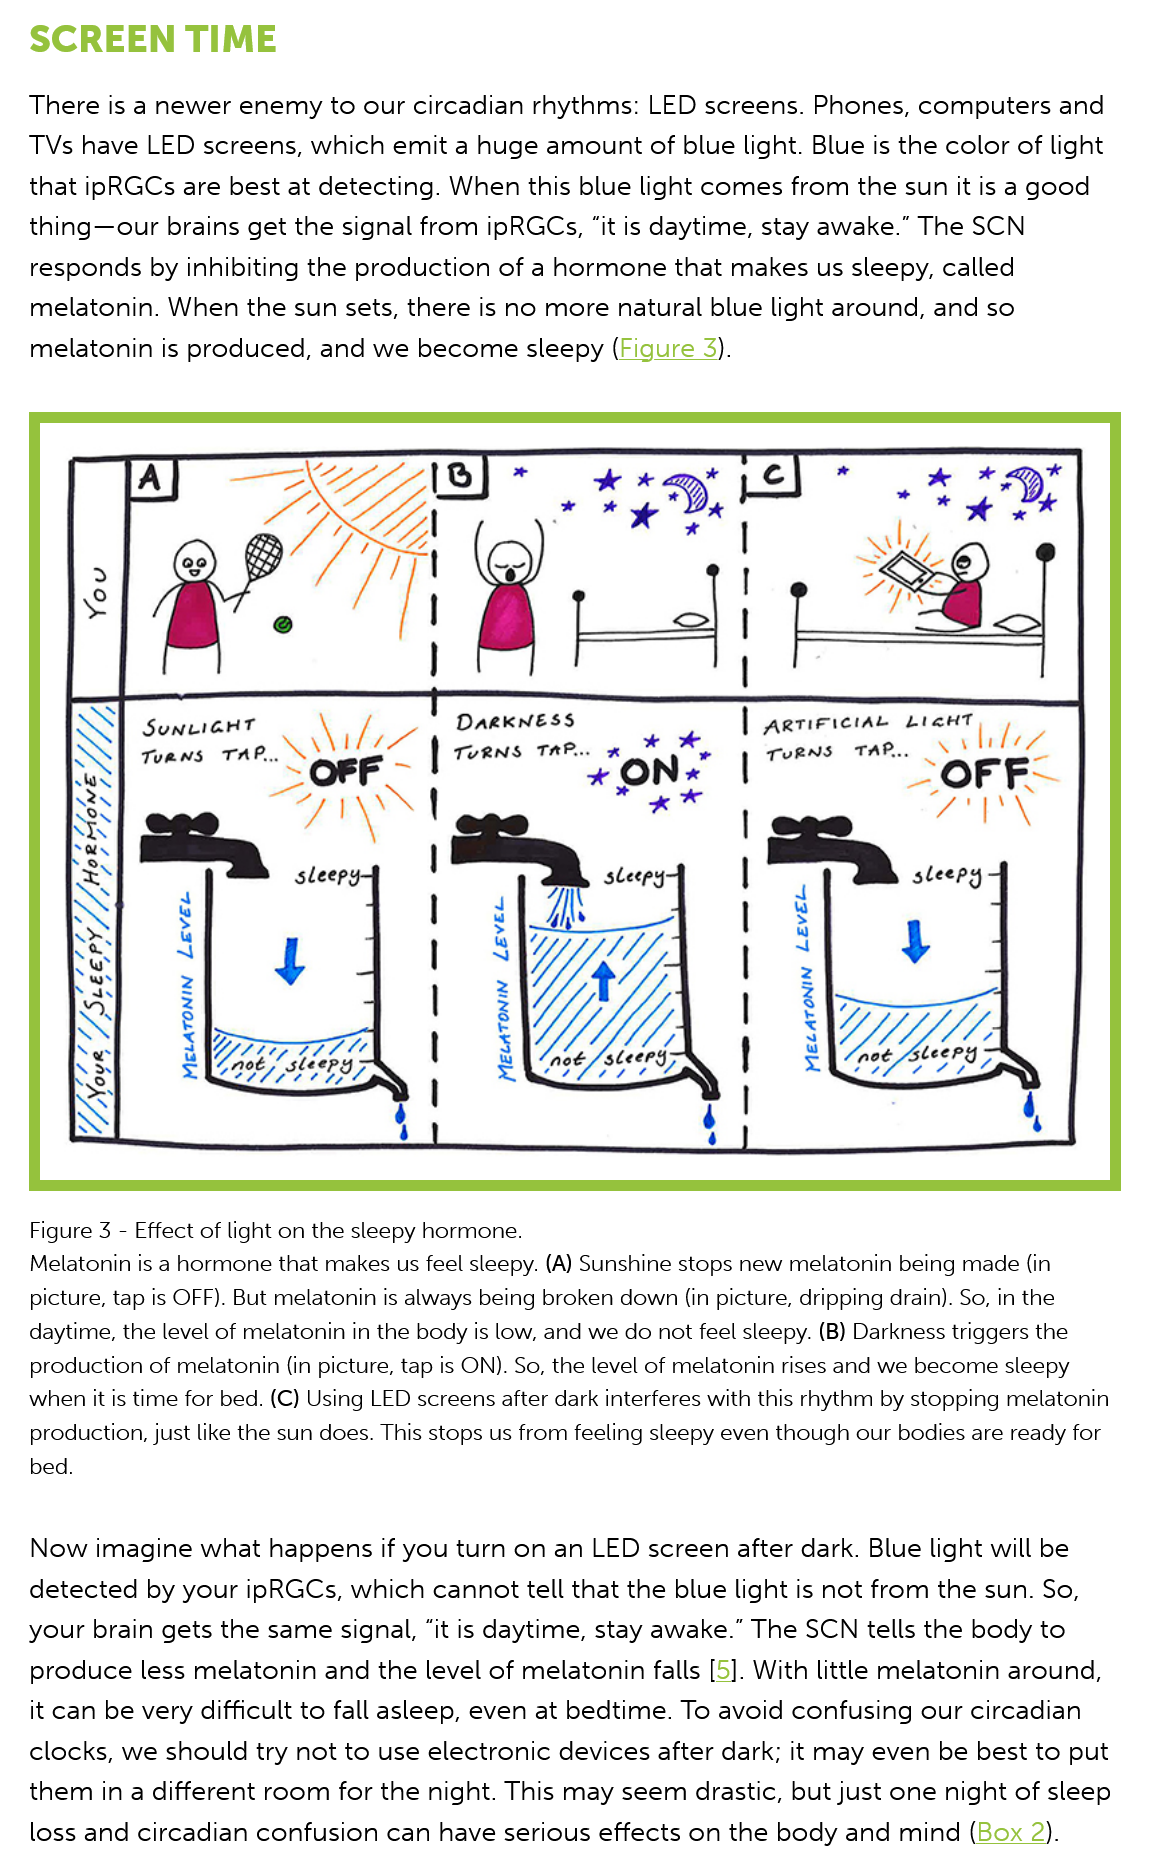
SCREEN    TIME
   There  is a newer enemy to  our circadian rhythms: LED  screens. Phones, computers   and
   TVs have  LED screens, which  emit a huge  amount of blue light. Blue is the color of light
   that ipRGCs  are best at detecting. When this blue light comes from the sun it is a good
   thing—our brains  get the signal from ipRGCs, “it is daytime, stay awake.” The SCN
   responds by inhibiting the production  of a hormone that  makes us sleepy, called
   melatonin. When   the sun sets, there is no more natural blue light around, and so
   melatonin  is produced, and we  become sleepy   (Figure  3).
   Figure 3
     -
     Effect of light on the sleepy hormone.
   Melatonin is a hormone that makes us feel sleepy. (A) Sunshine stops new melatonin being made (in
   picture, tap is OFF). But melatonin is always being broken down (in picture, dripping drain). So, in the
   daytime, the level of melatonin in the body is low, and we do not feel sleepy. (B) Darkness triggers the
   production of melatonin (in picture, tap is ON). So, the level of melatonin rises and we become sleepy
   when it is time for bed. (C) Using LED screens after dark interferes with this rhythm by stopping melatonin
   production, just like the sun does. This stops us from feeling sleepy even though our bodies are ready for
   bed.
   Now imagine   what  happens if you turn on an LED  screen after dark. Blue light will be
   detected  by your ipRGCs, which  cannot tell that the blue light is not from the sun. So,
   your brain gets the same signal, “it is daytime, stay awake.” The SCN tells the body to
   produce less  melatonin and  the level of melatonin falls [5]. With little melatonin around,
   it can be very difficult to fall asleep, even at bedtime. To avoid confusing our circadian
   clocks, we should  try not to use electronic devices after dark; it may even be best to put
   them  in a different room for the night. This may seem drastic, but just one night of sleep
   loss and circadian confusion can  have serious effects on the body and  mind  (Box  2).
     SUNLIGHT
     Tuans  TAP.
     DARKNESS
     TURNS  TAP,
     OFF
     sleepy:    sleepy sleepy-

     —339A37
     NINOLYTAW
     43037
     NINOLY73IA
     72037
     NINOLWTIAIW
     OFF.
     ARTIFICIAL  LIGHT,
     TuRNS  TAP...
     LA